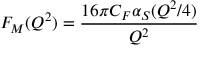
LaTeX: F _ { M } ( Q ^ { 2 } ) = \frac { 1 6 \pi C _ { F } \alpha _ { S } ( Q ^ { 2 } / 4 ) } { Q ^ { 2 } }